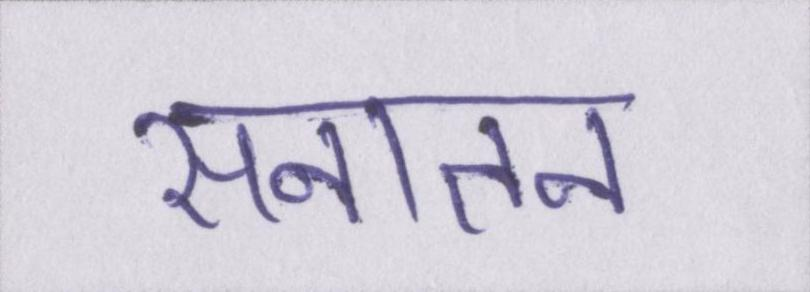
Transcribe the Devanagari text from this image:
सनातन